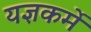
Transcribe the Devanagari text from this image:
यज्ञकर्मे